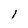
Character: 1